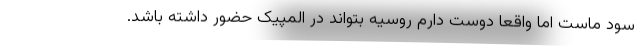
سود ماست اما واقعا دوست دارم روسیه بتواند در المپیک حضور داشته باشد.